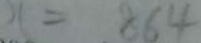
x = 8 6 4